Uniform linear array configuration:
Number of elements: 4
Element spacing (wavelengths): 0.25
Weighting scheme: binomial
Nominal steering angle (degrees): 30
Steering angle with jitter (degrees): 31.893
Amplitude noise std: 0.05
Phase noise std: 0.05

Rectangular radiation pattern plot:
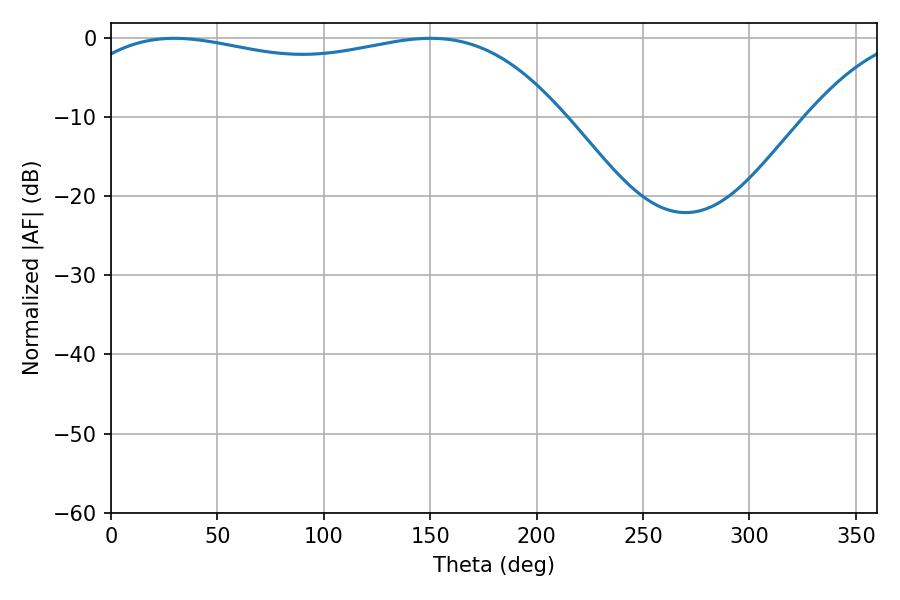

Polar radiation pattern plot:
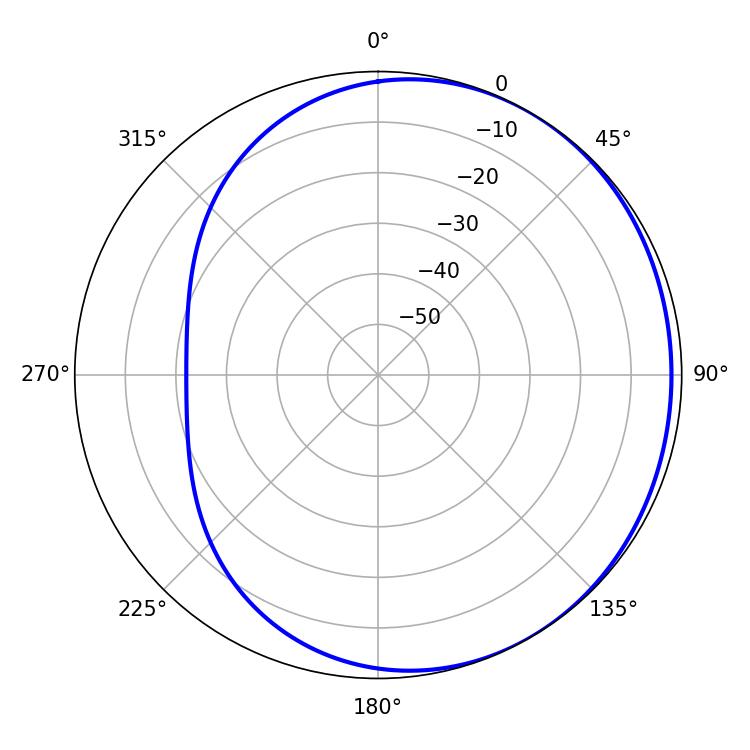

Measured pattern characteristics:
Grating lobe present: FALSE
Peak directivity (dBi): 1.345
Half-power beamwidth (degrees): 186.48
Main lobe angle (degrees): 29.7